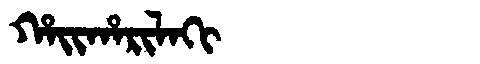
Manchu: ᡥᠠᡳᡥᠠᡵᡳᠯᠠᡴᡳ
Romanization: HAIHARILAKI